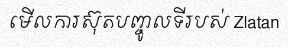
មើលការស៊ុតបញ្ចូលទីរបស់ Zlatan